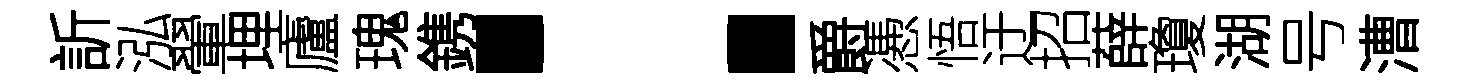
訢泓翬埋廬瑰鎸：爵慿悟迂招薛瓊湖号漕